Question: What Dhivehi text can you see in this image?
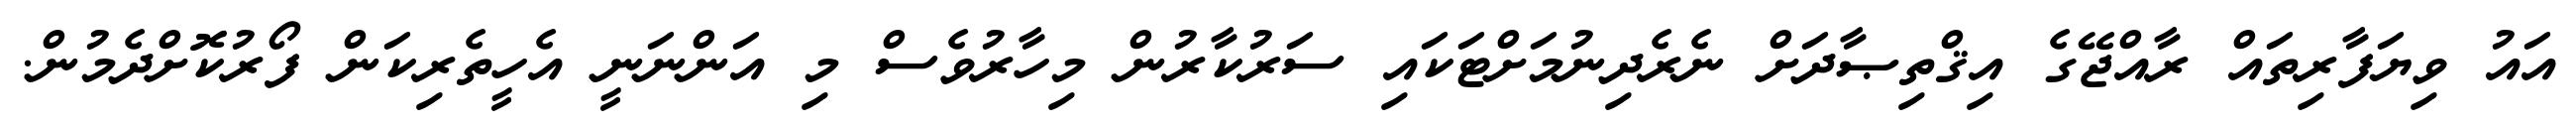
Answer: އައު ވިޔަފާރިތައް ރާއްޖޭގެ އިޤްތިޞާދަށް ނެރެދިނުމަށްޓަކައި ސަރުކާރުން މިހާރުވެސް މި އަންނަނީ އެހީތެރިކަން ފޯރުކޮށްދެމުން.